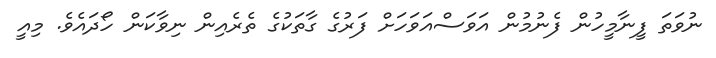
ނުވަތަ ފީނާމީހުން ފެނުމުން އަވަސްއަވަހަށް ފަރުގެ ގާތަކުގެ ތެރެއިން ނިވާކަން ހޯދައެވެ. މިއީ